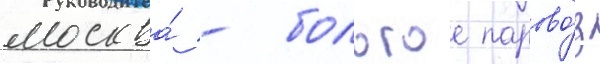
москва́ - бологое парово́з